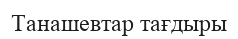
Танашевтар тағдыры